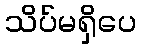
သိပ်မရှိပေ